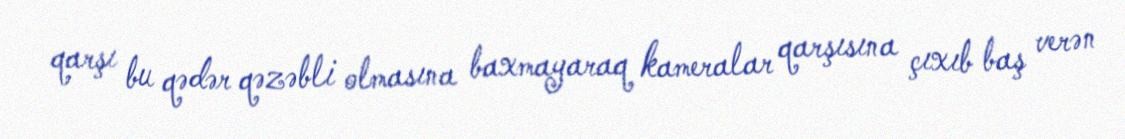
qarşı bu qədər qəzəbli olmasına baxmayaraq kameralar qarşısına çıxıb baş verən